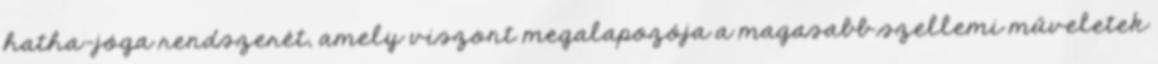
hatha-jóga rendszerét, amely viszont megalapozója a magasabb szellemi műveletek